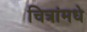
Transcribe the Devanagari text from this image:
चित्रांमधे